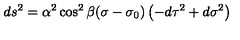
d s ^ { 2 } = \alpha ^ { 2 } \cos ^ { 2 } \beta ( \sigma - \sigma _ { 0 } ) \left( - d \tau ^ { 2 } + d \sigma ^ { 2 } \right)